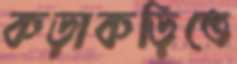
কড়াকড়িতে